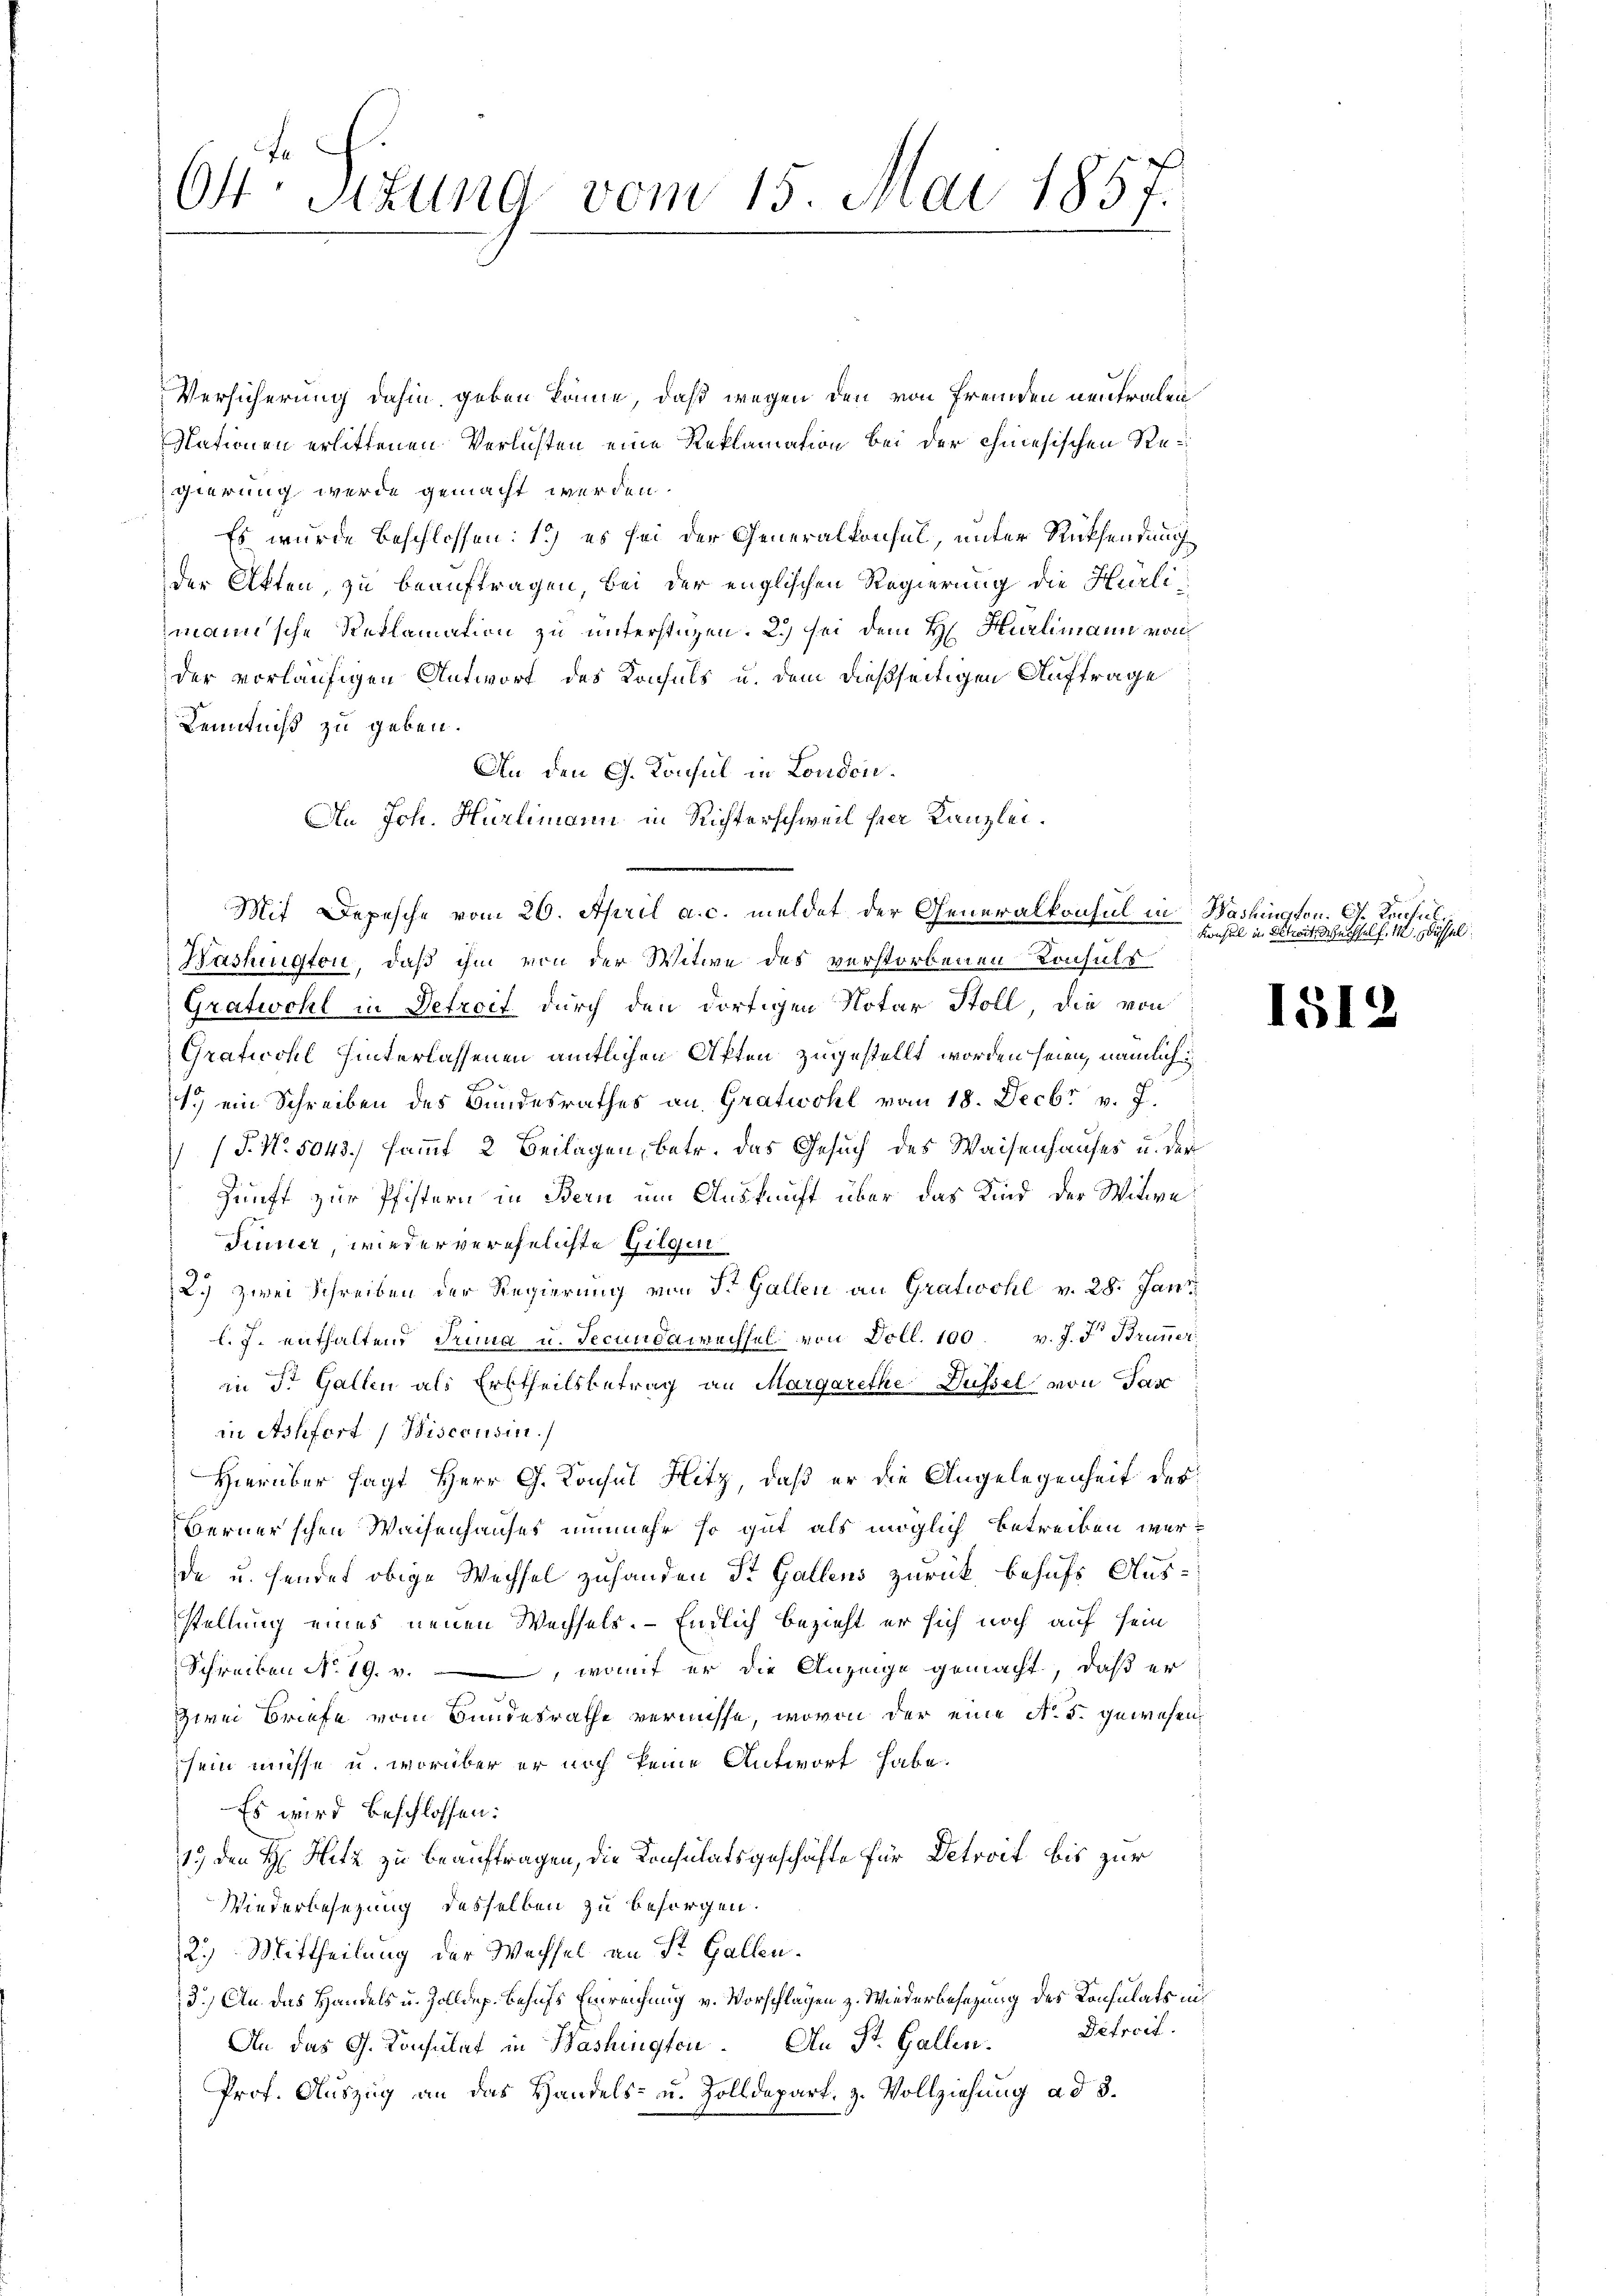
64 Sizung vom 15. Mai 1857.

Versicherung dahin geben könne, daß wegen den von Fremden neutralen
Nationen erlittenen Verlusten eine Reklamation bei der chinesischen Regierung werde gemacht werden.
Es wurde beschlossen: 1.) es sei der Generalkonsul, unter Rücksendung
der Akten, zu beauftragen, bei der englischen Regierung die Hürli
mann'sche Reklamation zu unterstüzen. 2.) sei dem H. Hürlimann von
der vorläufigen Antwort des Konsuls u. dem dießseitigen Auftrage
Kenntniß zu geben.
An den G. Konsul in London.
An Joh. Hürlimann in Richterschweil hier Kanzlei.
Washington, daß ihm von der Witwe des verstorbenen Konsuls
Gratwohl in Betreit durch den dortigen Notar Stoll, die von
Gratwohl hinterlassenen amtlichen Aften zugestellt worden seien, nämlich
1.) ein Schreiben des Bundesrathes an Gratwohl vom 18. Decbr v. J.
 (T. No. 5043.) sammt, 2 Beilagen, betr. das Gesuch des Waisenhauses u. der
Zunft zur Pfistern in Bern um Auskunft über das Kind der Witwe
Finner, wieder verehelichte Gilgen
2.) zwei Schreiben der Regierung von St. Gallen an Gratwohl v. 28. Jani
l. J. enthaltend Trina u. Secundawechsel von Doll. 100 v. J. J. Bruner
in St. Gallen als Erbtheilsbetrag an MargaretheDüssel von Pasc
in Ashfort Biscousin.)
Hierüber sagt Herr G. Konsul Hitz, daß er die Angelegenheit des
Berner’schen Waisenhauses nunmehr so gut als möglich betreiben werde u. sendet obige Wechsel zuhanden St. Gallens zurück behufs Ausstellung eines neuen Wechsels. — Endlich bezieht er sich noch auf sein
Schreiben No. 19. v., womit er die Anzeige gemacht, daß er
Zwei Briefe vom Bundesrathe vernisse, wovon der eine No. 5. gewesen
sein müsse u. worüber er noch keine Antwort habe.
Es wird beschlossen:
19) den H. Hitz zu beauftragen, die Konsulatsgeschäfte für Detroit bis zur
Wiederbesezung desselben zu besorgen.
2.) Mittheilung der Wechsel an St. Gallen.
3.) An das Handels u. Zolldep. Behufs Einreichung v. Vorschlagen z. Wiederbesezung des Konsulats in
An das G. Consulat in Washington. An St. Gallen. Petrcil.
Prof. Auszug an das Handels- u. Zolldepart. z. Vollziehung ad 3.

Mit Depesche vom 26. April a. c. meldet der Generalkonsul in Washington. G. Konsul

Konsul in Betreit Wechself. 11 Düssel

1512